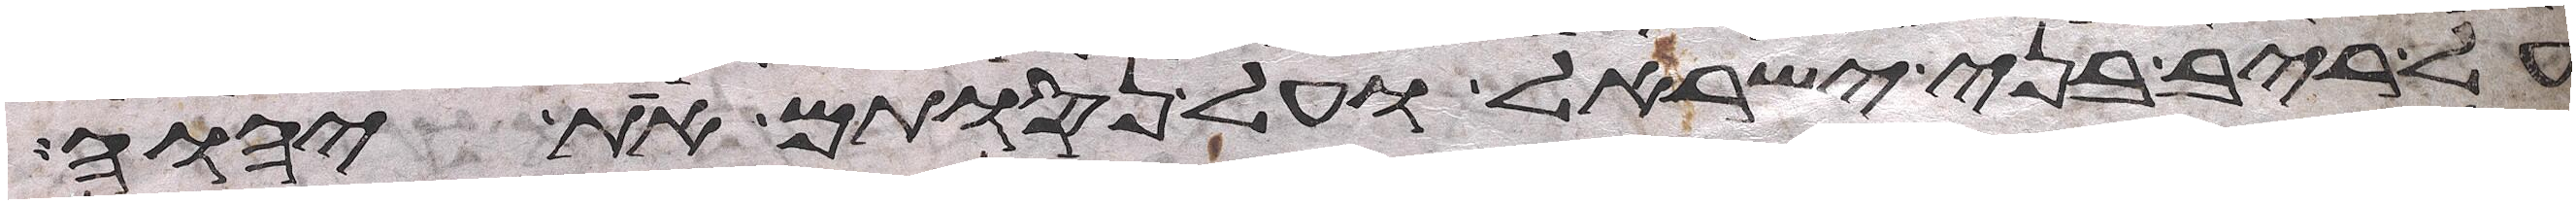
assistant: על ריב בני ישראל ועל נסותם את יהוה